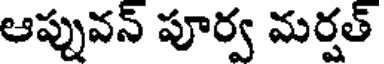
ఆప్పువన్ పూర్వ మర్షత్